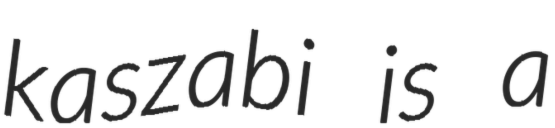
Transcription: kaszabi is a